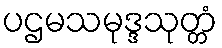
ပဌမသမုဒ္ဒသုတ္တံ